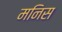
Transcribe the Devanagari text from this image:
मनिस